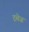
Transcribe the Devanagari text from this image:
ट्रसेज़